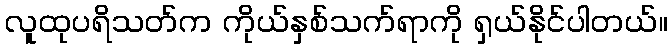
လူထုပရိသတ်က ကိုယ်နှစ်သက်ရာကို ရှယ်နိုင်ပါတယ်။